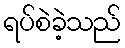
ရပ်စဲခဲ့သည်